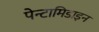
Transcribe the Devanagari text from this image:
पेन्टामिडाइन